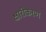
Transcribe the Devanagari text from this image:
क्षारीकरण